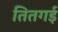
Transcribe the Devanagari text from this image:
तितगई